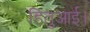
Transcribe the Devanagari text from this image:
हितुआई।